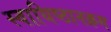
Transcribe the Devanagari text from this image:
स्वाधिष्ठानक्रम